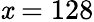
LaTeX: \mathit{x}=128